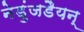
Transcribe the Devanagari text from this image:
नेडुंजडैयन्